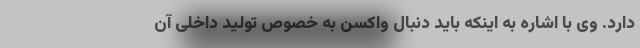
دارد. وی با اشاره به اینکه باید دنبال واکسن به خصوص تولید داخلی آن